Civil Veterinary Department. Madras. Admin. report 1910-25 - 1910-1925
Year: 1910
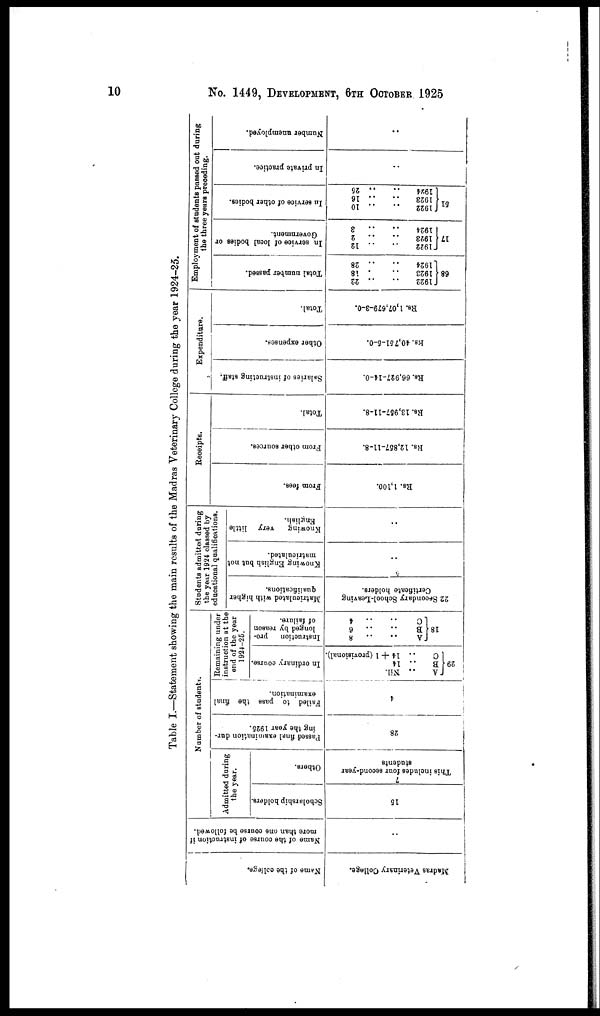
10
No.
1449, DEVELOPMENT, 6TH OCTOBER 1925
Table I.—Statement showing the main results of the Madras Veterinary College during the year 1924-25.
Name of the college.
Madras Veterinary Collage.
Name of the course of instruction if
more than one course be followed.
i..
Number of students.
Admitted during
the year.
Scholarship holders.
15
Others.
7
This includes four second-year
students
Passed final examination dur-
ing the year 1925.
28
i
Failed to pass the final
examination.
4
Remaining under
instruction at the
end of the year
1924-25.
In ordinary course.
A ..
Nil.
29 B .. 14
C .. 14 + 1 (provisional).
Instruction
pro-
longed by reason
of failure.
A
..
..
8
18 B
..
..
6
Students admitted during
the year 1924 classed by
educational qualifications.
Matriculated with higher
qualifications.
22 Secondary School-Leaving
Certificate holders.
Knowing English but not
matriculated.
..
Knowing
very
little
English.
..
Receipts.
From fees.
Rs. 1,100.
From other sources.
Rs. 12,857-11-8.
Total.
Rs. 13,957-11-8.
Expenditure.
Salaries of instructing staff.
Rs. 66,927-14-0.
Other expenses.
Rs. 40,751-5-0.
Total.
Rs. 1,07,679-3-0.
Employment of students passed out during
the three years preceding.
Total number passed.
1922 ..
.. 22
68 1923 ..
. 18
1924 ..
.. 28
In service of local bodies or
Government.
1922
..
.. 12
17 1923 ..
..
2
1924 ..
..
3
In service of other bodies.
1922
..
.. 10
51 1923 ..
..
16
1924
..
.. 25
In private practice.
..
Number unemployed.
..